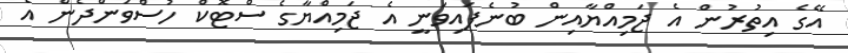
އޭގެ އިތުރުން އެ ޖަމިއްޔާއިން ބުނެފައިވަނީ އެ ޖަމިއްޔާގެ ސްޓޮކް ހުސްވަންދެން އެ